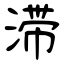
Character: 滞